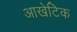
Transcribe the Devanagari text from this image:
आखेटिक